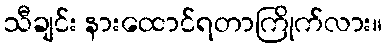
သီချင်း နားထောင်ရတာကြိုက်လား။